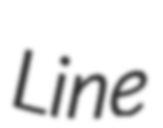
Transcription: Line